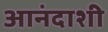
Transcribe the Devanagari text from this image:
आनंदाशी